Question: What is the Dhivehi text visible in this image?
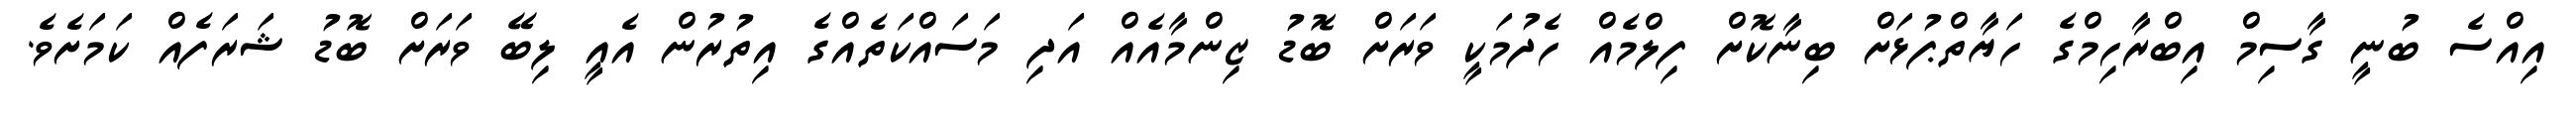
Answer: އިއްސެ ބުނީ ގާސިމް އިބްރާހިމްގެ ހަޔާތްޕުޅަށް ބިނާކޮށް ފިލްމެއް ހެދުމަކީ ވަރަށް ބޮޑު ޒިންމާއެއް އަދި މަސައްކަތެއްގެ އިތުރުން އެއީ ލިބޭ ވަރަށް ބޮޑު ޝަރަފެއް ކަމަށެވެ.